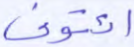
ائتوني